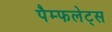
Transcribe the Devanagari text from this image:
पैम्फलेट्स